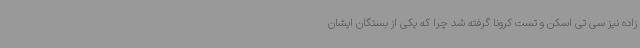
زاده نیز سی تی اسکن و تست کرونا گرفته شد چرا که یکی از بستگان ایشان